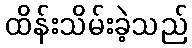
ထိန်းသိမ်းခဲ့သည်